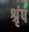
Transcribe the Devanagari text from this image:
श्रृंप